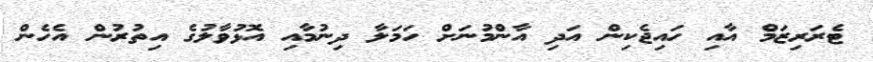
ޓެރަރިޒަމް އާއި ހައިޖެކިން އަދި އާންމުނަށް ހަމަލާ ދިނުމާއި އޮޅުވާލުގެ އިތުރުން އެހެން